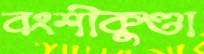
বংশীকুণ্ডা